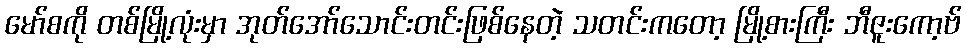
မော်စကို တစ်မြို့လုံးမှာ အုတ်အော်သောင်းတင်းဖြစ်နေတဲ့ သတင်းကတော့ မြို့စားကြီး ဘီဇူးကော့ဗ်